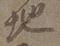
地